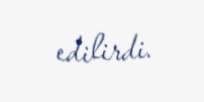
edilirdi.